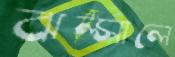
ঝল্‌সালে